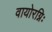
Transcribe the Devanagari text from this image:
वायोरग्निः